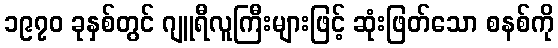
၁၉၇၀ ခုနှစ်တွင် ဂျူရီလူကြီးများဖြင့် ဆုံးဖြတ်သော စနစ်ကို